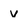
Character: v